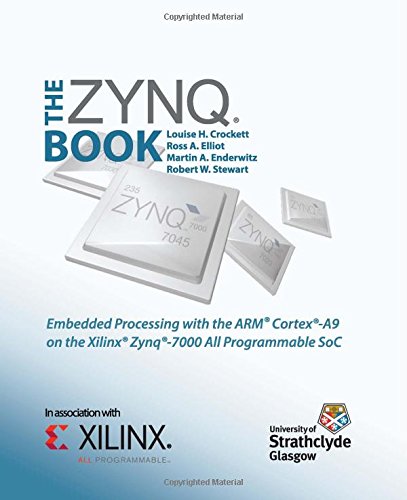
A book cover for The Zynq Book: Embedded Processing with the Arm Cortex-A9 on the Xilinx Zynq-7000 All Programmable Soc; Louise H Crockett; Computers & Technology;